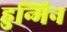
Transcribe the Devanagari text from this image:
हुन्मिन